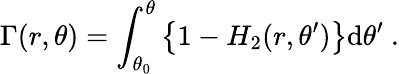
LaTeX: \Gamma(r,\theta)=\int_{\theta_{0}}^{\theta}\left\{ 1-H_{2}(r,\theta^{\prime})\right\} \mathrm{d}\theta^{\prime}\ .